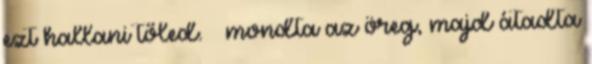
ezt hallani tőled. – mondta az öreg, majd átadta